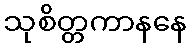
သုစိတ္တကာနနေ